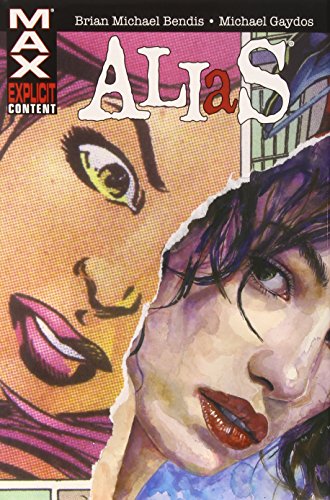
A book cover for Alias Omnibus (New Printing); Marvel Comics; Comics & Graphic Novels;